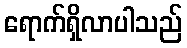
ရောက်ရှိလာပါသည်